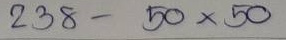
238 - 50 x 50